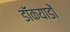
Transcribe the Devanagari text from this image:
डॉकयाडों